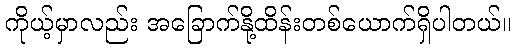
ကိုယ့်မှာလည်း အခြောက်နို့ထိန်းတစ်ယောက်ရှိပါတယ်။